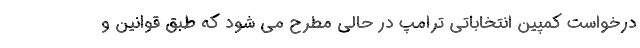
درخواست کمپین انتخاباتی ترامپ در حالی مطرح می شود که طبق قوانین و